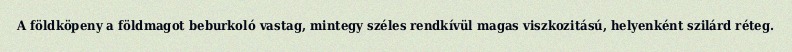
A földköpeny a földmagot beburkoló vastag, mintegy széles rendkívül magas viszkozitású, helyenként szilárd réteg.